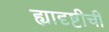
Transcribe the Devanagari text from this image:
ह्यादृष्टीची